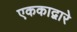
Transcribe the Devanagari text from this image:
एककाद्वारे